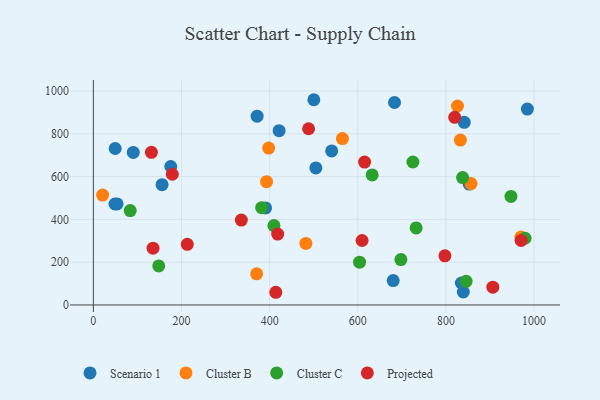
{"axis": {"x": "Speed", "y": "Yield"}, "legend": ["Cluster B", "Cluster C", "Projected", "Scenario 1"], "data": [{"x": "90.5", "y": 713.3, "type": "Scenario 1"}, {"x": "504.9", "y": 640.9, "type": "Scenario 1"}, {"x": "841.7", "y": 854.0, "type": "Scenario 1"}, {"x": "49.5", "y": 731.5, "type": "Scenario 1"}, {"x": "421.5", "y": 814.6, "type": "Scenario 1"}, {"x": "500.3", "y": 959.5, "type": "Scenario 1"}, {"x": "53.8", "y": 472.6, "type": "Scenario 1"}, {"x": "371.6", "y": 882.8, "type": "Scenario 1"}, {"x": "540.8", "y": 720.2, "type": "Scenario 1"}, {"x": "835.1", "y": 102.8, "type": "Scenario 1"}, {"x": "683.4", "y": 946.5, "type": "Scenario 1"}, {"x": "984.9", "y": 915.8, "type": "Scenario 1"}, {"x": "839.5", "y": 60.8, "type": "Scenario 1"}, {"x": "852.7", "y": 565.0, "type": "Scenario 1"}, {"x": "390.8", "y": 453.8, "type": "Scenario 1"}, {"x": "680.4", "y": 114.3, "type": "Scenario 1"}, {"x": "155.9", "y": 562.5, "type": "Scenario 1"}, {"x": "175.6", "y": 647.4, "type": "Scenario 1"}, {"x": "49.0", "y": 472.0, "type": "Scenario 1"}, {"x": "970.2", "y": 317.9, "type": "Cluster B"}, {"x": "482.3", "y": 287.7, "type": "Cluster B"}, {"x": "370.5", "y": 145.6, "type": "Cluster B"}, {"x": "832.9", "y": 771.1, "type": "Cluster B"}, {"x": "393.0", "y": 576.4, "type": "Cluster B"}, {"x": "397.8", "y": 733.4, "type": "Cluster B"}, {"x": "857.1", "y": 567.6, "type": "Cluster B"}, {"x": "21.0", "y": 514.0, "type": "Cluster B"}, {"x": "565.2", "y": 777.8, "type": "Cluster B"}, {"x": "826.3", "y": 930.2, "type": "Cluster B"}, {"x": "604.1", "y": 200.2, "type": "Cluster C"}, {"x": "947.6", "y": 507.6, "type": "Cluster C"}, {"x": "725.1", "y": 668.4, "type": "Cluster C"}, {"x": "83.6", "y": 441.4, "type": "Cluster C"}, {"x": "732.5", "y": 360.1, "type": "Cluster C"}, {"x": "979.7", "y": 312.0, "type": "Cluster C"}, {"x": "697.9", "y": 212.2, "type": "Cluster C"}, {"x": "837.9", "y": 595.8, "type": "Cluster C"}, {"x": "381.9", "y": 454.7, "type": "Cluster C"}, {"x": "845.9", "y": 110.5, "type": "Cluster C"}, {"x": "632.7", "y": 608.0, "type": "Cluster C"}, {"x": "148.3", "y": 182.6, "type": "Cluster C"}, {"x": "409.8", "y": 371.2, "type": "Cluster C"}, {"x": "906.5", "y": 83.1, "type": "Projected"}, {"x": "131.7", "y": 713.8, "type": "Projected"}, {"x": "418.3", "y": 331.6, "type": "Projected"}, {"x": "488.4", "y": 823.8, "type": "Projected"}, {"x": "335.8", "y": 397.0, "type": "Projected"}, {"x": "179.2", "y": 611.2, "type": "Projected"}, {"x": "213.1", "y": 283.5, "type": "Projected"}, {"x": "797.8", "y": 229.8, "type": "Projected"}, {"x": "414.0", "y": 59.4, "type": "Projected"}, {"x": "970.7", "y": 301.8, "type": "Projected"}, {"x": "820.0", "y": 877.3, "type": "Projected"}, {"x": "135.4", "y": 265.7, "type": "Projected"}, {"x": "609.8", "y": 301.4, "type": "Projected"}, {"x": "615.5", "y": 668.1, "type": "Projected"}]}